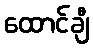
ထောင်ချီ